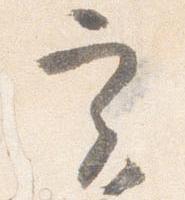
実